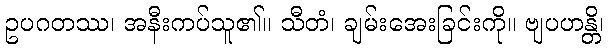
ဥပဂတဿ၊ အနီးကပ်သူ၏။ သီတံ၊ ချမ်းအေးခြင်းကို။ ဗျပဟန္တိ၊